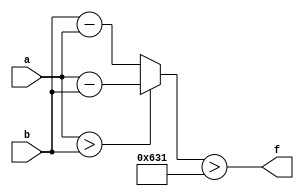
module wce_mit(a, b, f);
parameter _bit = 16;
parameter wce = 1585;
input [_bit - 1: 0] a;
input [_bit - 1: 0] b;
output f;
wire [_bit - 1: 0] diff;
assign diff = (a > b)? (a - b): (b - a);
assign f = (diff > wce);
endmodule